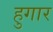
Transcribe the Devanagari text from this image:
हुगार